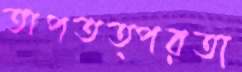
অপতত্পরতা